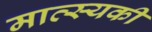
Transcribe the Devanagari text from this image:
मात्स्यकी